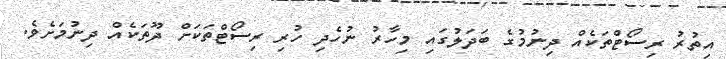
އިތުރު ރިސޯޓްތަކެއް ދިނުމުގެ ބަދަލުގައި މިހާރު ނުހެދި ހުރި ރިސޯޓްތަކަށް ދޫތަކެއް ދިނުމަށެވެ.